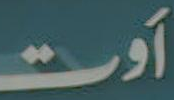
اوت